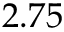
2 . 7 5